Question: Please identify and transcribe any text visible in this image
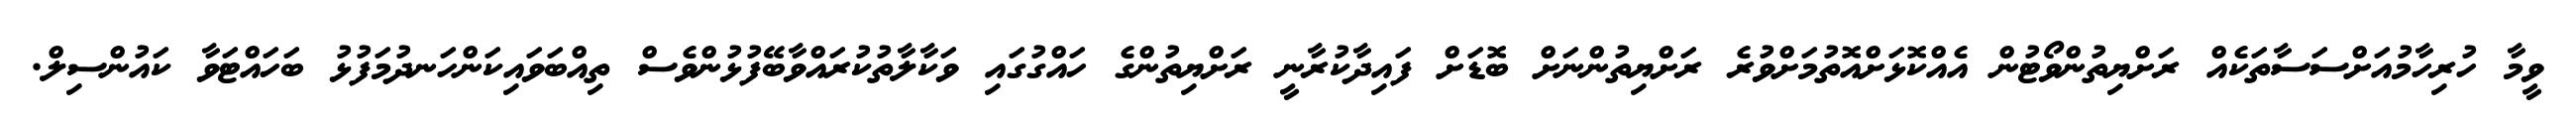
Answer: ވީމާ ހުރިހާމުއަށްސަސާތަކެއް ރަށްޔިތުންވޯޓުން އެއްކޮޅަށްއޮތުމަށްވުރެ ރަށްޔިތުންނަށް ބޮޑަށް ފައިދާކުރާނީ ރަށްޔިތުންގެ ހައްގުގައި ވަކާލާތުކުރައްވާބޭފުޅުންވެސް ތިއްބަވައިކަންހަނދުމަފުޅު ބަހައްޓަވާ ކައުންސިލް.